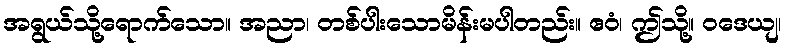
အရွယ်သို့ရောက်သော။ အညာ၊ တစ်ပါးသောမိန်းမပါတည်း။ ဧဝံ၊ ဤသို့။ ဝဒေယျ၊